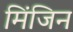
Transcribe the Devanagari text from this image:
मिंजिन